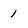
Character: 1